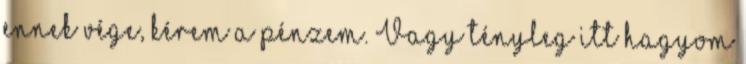
ennek vége, kérem a pénzem. Vagy tényleg itt hagyom